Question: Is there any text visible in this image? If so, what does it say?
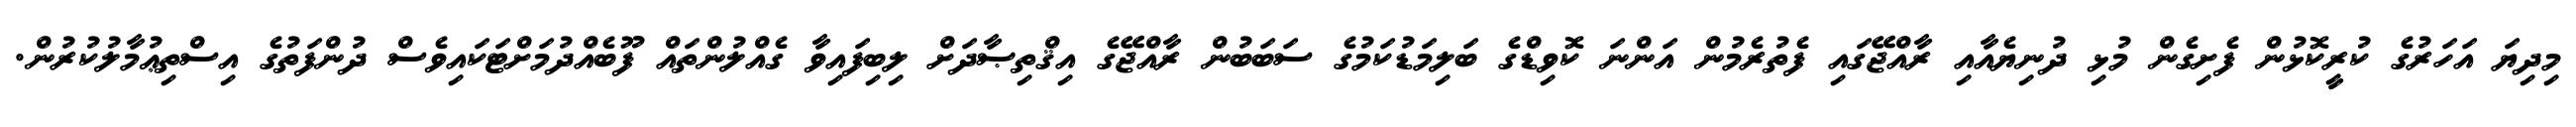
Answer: މިދިޔަ އަހަރުގެ ކުރީކޮޅުން ފެށިގެން މުޅި ދުނިޔެއާއި ރާއްޖޭގައި ފެތުރެމުން އަންނަ ކޮވިޑްގެ ބަލިމަޑުކަމުގެ ސަބަބުން ރާއްޖޭގެ އިޤްތިޞާދަށް ލިބިފައިވާ ގެއްލުންތައް ފޫބެއްދުމަށްޓަކައިވެސް ދުންފަތުގެ އިސްތިޢުމާލުކުރުން.